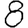
Digit: 8